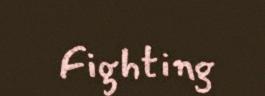
Fighting